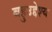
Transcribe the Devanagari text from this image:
बहुउद्देश्य